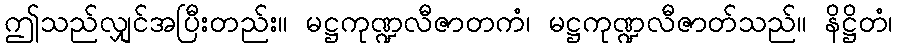
ဤသည်လျှင်အပြီးတည်း။ မဋ္ဌကုဏ္ဍလီဇာတကံ၊ မဋ္ဌကုဏ္ဍလီဇာတ်သည်။ နိဋ္ဌိတံ၊